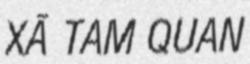
XÃ TAM QUAN